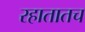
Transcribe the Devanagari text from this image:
रहातातच